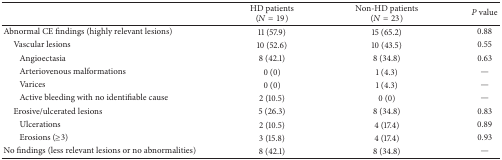
<table><thead><tr><td><b> </b></td><td><b>HD patients (<i>N</i> = 19)</b></td><td><b>Non-HD patients (<i>N</i> = 23)</b></td><td><b><i>P</i> value</b></td></tr></thead><tbody><tr><td>Abnormal CE findings (highly relevant lesions)</td><td>11 (57.9)</td><td>15 (65.2)</td><td>0.88</td></tr><tr><td> Vascular lesions</td><td>10 (52.6)</td><td>10 (43.5)</td><td>0.55</td></tr><tr><td> Angioectasia</td><td>8 (42.1)</td><td>8 (34.8)</td><td>0.63</td></tr><tr><td> Arteriovenous malformations</td><td>0 (0)</td><td>1 (4.3)</td><td>—</td></tr><tr><td> Varices</td><td>0 (0)</td><td>1 (4.3)</td><td>—</td></tr><tr><td> Active bleeding with no identifiable cause</td><td>2 (10.5)</td><td>0 (0)</td><td>—</td></tr><tr><td> Erosive/ulcerated lesions</td><td>5 (26.3)</td><td>8 (34.8)</td><td>0.83</td></tr><tr><td> Ulcerations </td><td>2 (10.5)</td><td>4 (17.4)</td><td>0.89</td></tr><tr><td> Erosions (≥3)</td><td>3 (15.8)</td><td>4 (17.4)</td><td>0.93</td></tr><tr><td>No findings (less relevant lesions or no abnormalities)</td><td>8 (42.1)</td><td>8 (34.8)</td><td>—</td></tr></tbody></table>